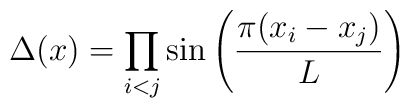
\Delta(x)=\prod_{i<j} \sin\left( {\pi (x_i-x_j) \over L}\right)